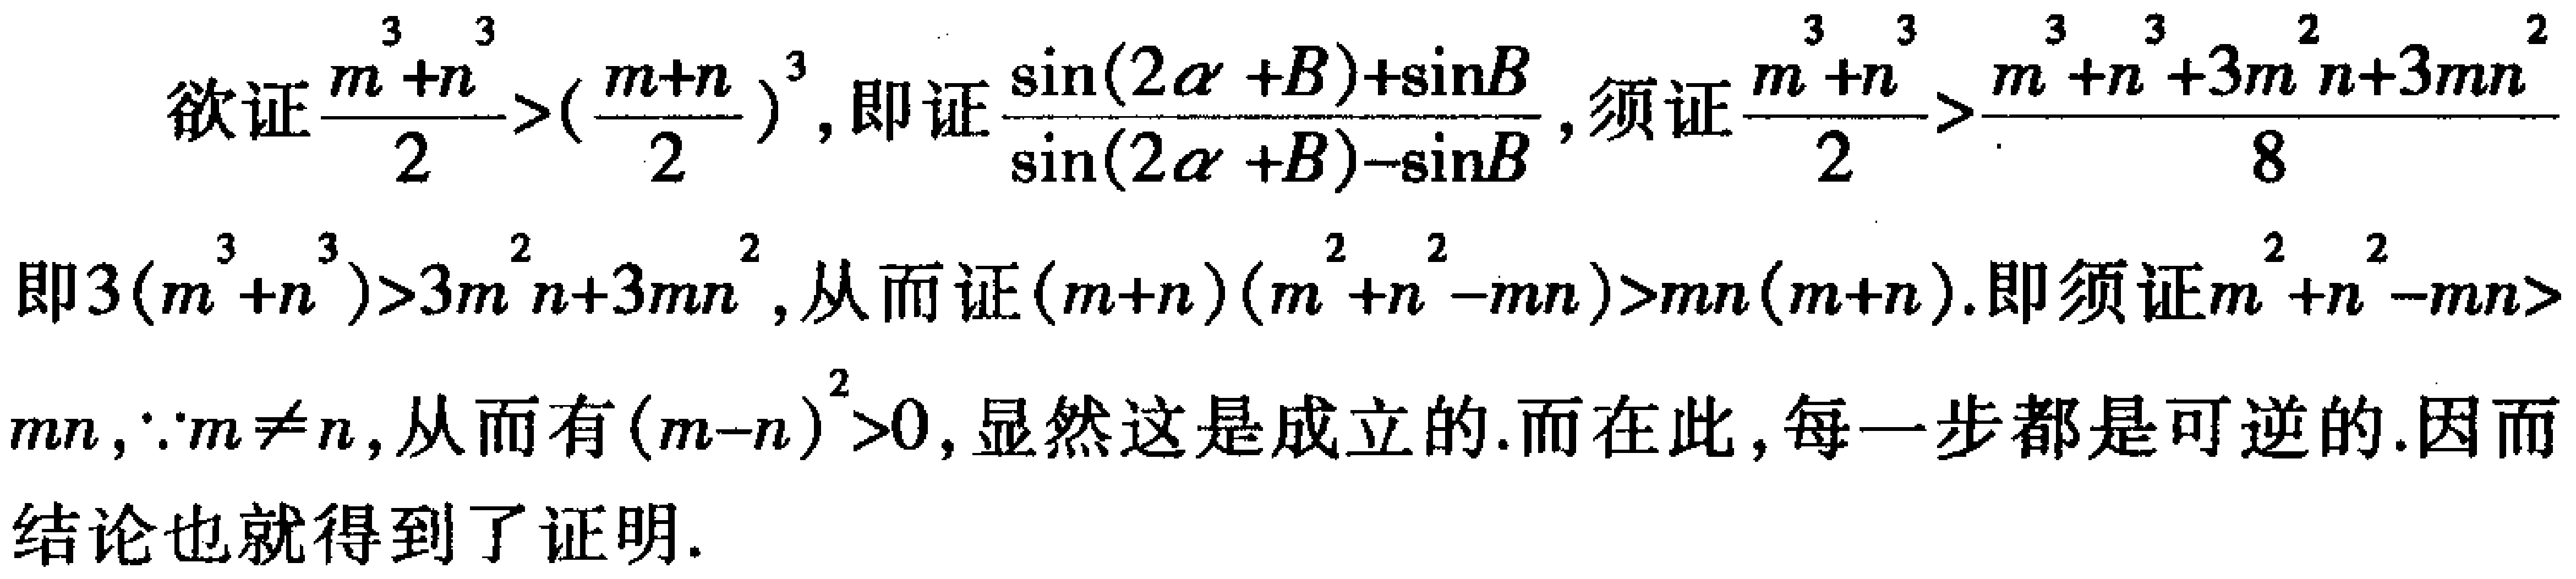
欲证\(\frac{m^{3}+n^{3}}{2}>(\frac{m + n}{2})^{3}\)，即证\(\frac{\sin(2\alpha + B)+\sin B}{\sin(2\alpha + B)-\sin B}\)，须证\(\frac{m^{3}+n^{3}}{2}>\frac{m^{3}+n^{3}+3m^{2}n + 3mn^{2}}{8}\)

即\(3(m^{3}+n^{3})>3m^{2}n + 3mn^{2}\)，从而证\((m + n)(m^{2}+n^{2}-mn)>mn(m + n)\)。即须证\(m^{2}+n^{2}-mn>\)

\(mn\)，\(\because m\neq n\)，从而有\((m - n)^{2}>0\)，显然这是成立的。而在此，每一步都是可逆的。因而

结论也就得到了证明。